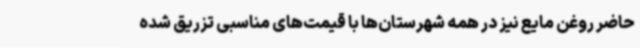
حاضر روغن مایع نیز در همه شهرستان‌ها با قیمت‌های مناسبی تزریق شده